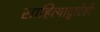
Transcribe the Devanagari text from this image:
साहित्याद्वारेही